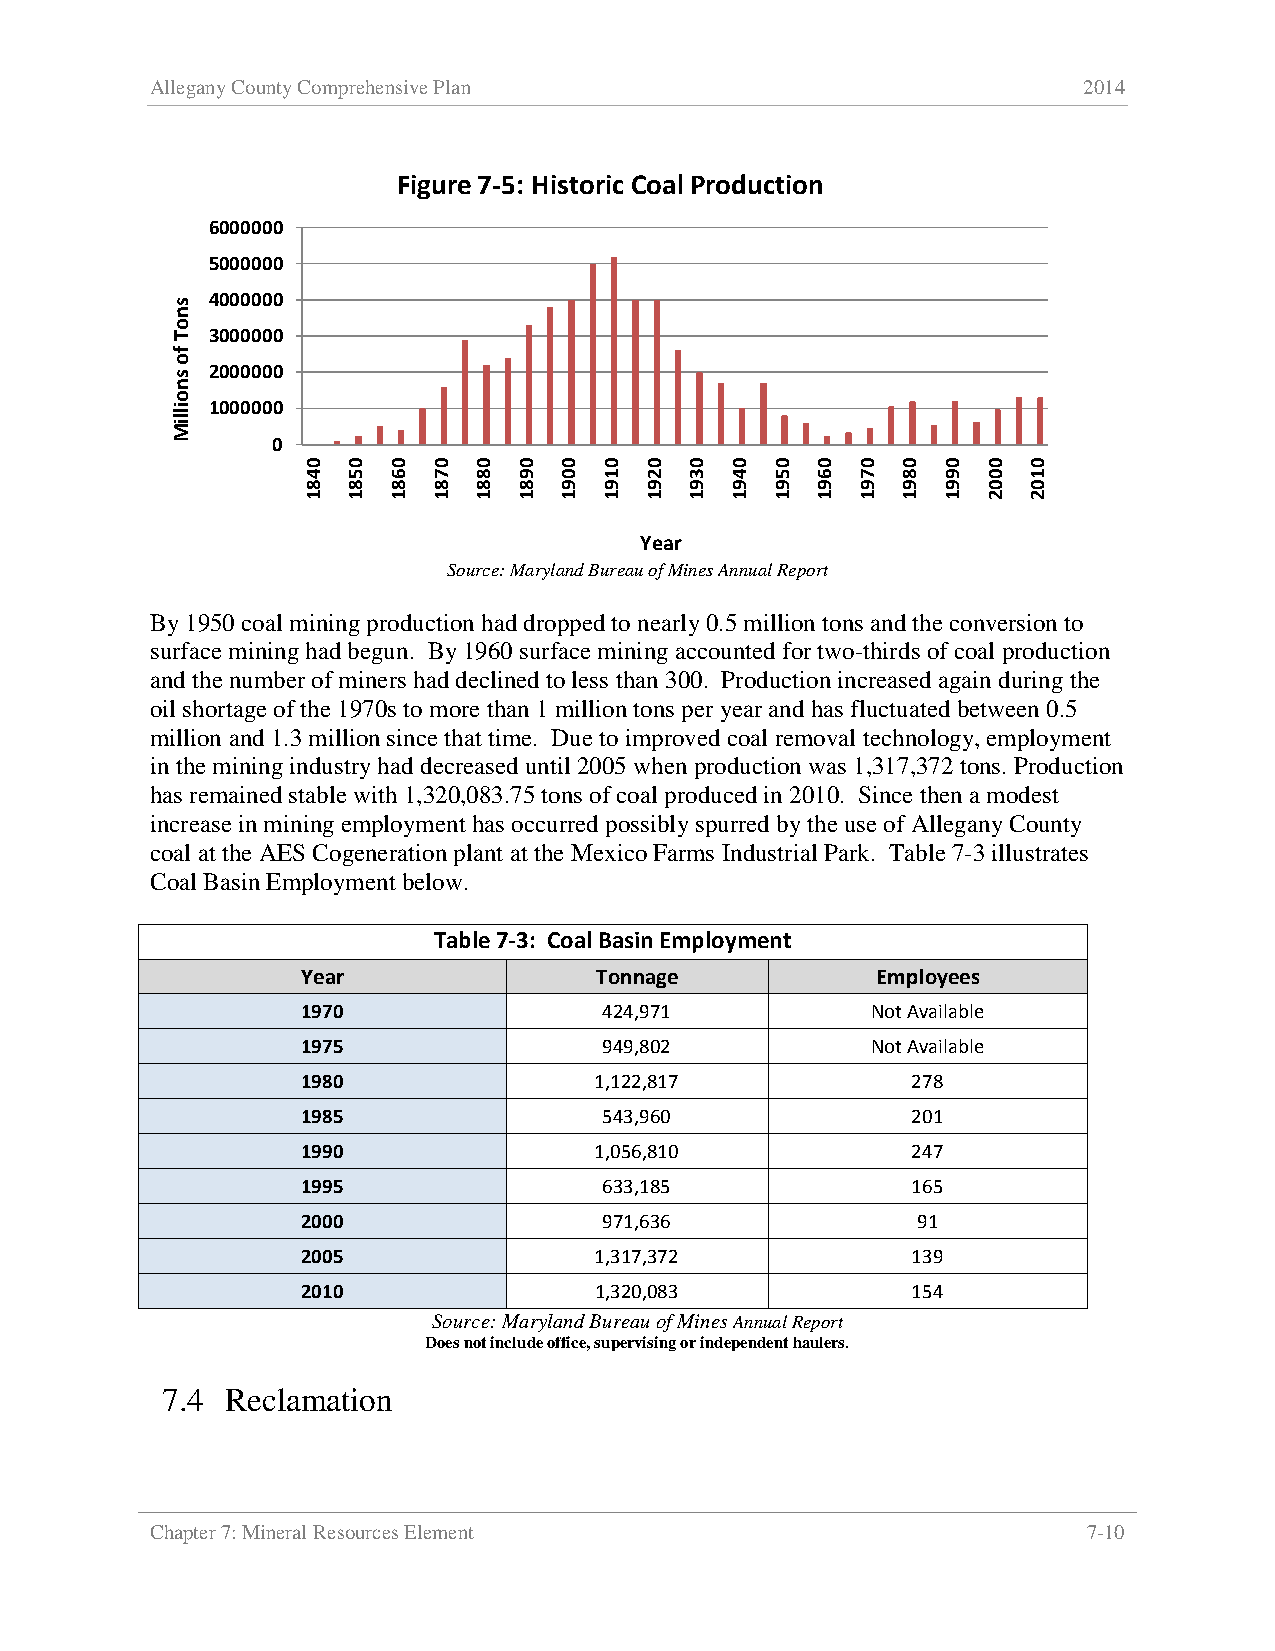
Allegany County Comprehensive Plan                            2014
 Figure 7-5: Historic Coal Production
 6000000
 5000000
 4000000
 3000000
 2000000
 1000000
 0
 Year
 Source: Maryland Bureau of Mines Annual Report
 By 1950 coal mining production had dropped to nearly 0.5 million tons and the conversion to
 surface mining had begun. By 1960 surface mining accounted for two-thirds of coal production
 and the number of miners had declined to less than 300. Production increased again during the
 oil shortage of the 1970s to more than 1 million tons per year and has fluctuated between 0.5
 million and 1.3 million since that time. Due to improved coal removal technology, employment
 in the mining industry had decreased until 2005 when production was 1,317,372 tons. Production
 has remained stable with 1,320,083.75 tons of coal produced in 2010. Since then a modest
 increase in mining employment has occurred possibly spurred by the use of Allegany County
 coal at the AES Cogeneration plant at the Mexico Farms Industrial Park. Table 7-3 illustrates
 Coal Basin Employment below.
 Table 7-3: Coal Basin Employment
 Year               Tonnage            Employees
 1970                424,971           Not Available
 1975                949,802           Not Available
 1980               1,122,817            278
 1985                543,960             201
 1990               1,056,810            247
 1995                633,185             165
 2000                971,636              91
 2005               1,317,372            139
 2010               1,320,083            154
 Source: Maryland Bureau of Mines Annual Report
 Does not include office, supervising or independent haulers.
 7.4 Reclamation
 Chapter 7: Mineral Resources Element                          7-10
 snoT
 fo
 snoilliM
 0481 0581 0681 0781 0881 0981 0091 0191 0291 0391 0491 0591 0691 0791 0891 0991 0002 0102